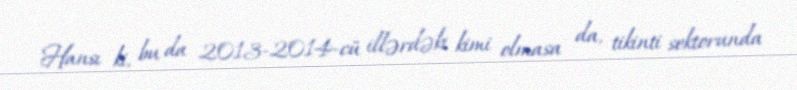
Hansı ki, bu da 2013-2014-cü illərdəki kimi olmasa da, tikinti sektorunda